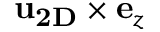
{ \bf u } _ { \bf 2 D } \times { \bf e } _ { z }